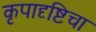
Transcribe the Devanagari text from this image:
कृपादृष्टिचा